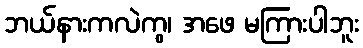
ဘယ်နားကလဲကွ၊ အဖေ မကြားပါဘူး